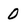
Character: 0